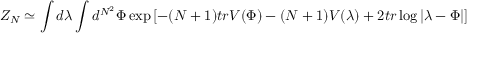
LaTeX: Z _ { N } \simeq \int d \lambda \int d ^ { N ^ { 2 } } \Phi \exp \left[ - ( N + 1 ) t r V ( \Phi ) - ( N + 1 ) V ( \lambda ) + 2 t r \log | \lambda - \Phi | \right]